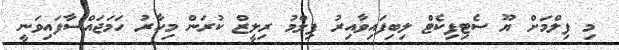
މި ފިލްމަށް ޔޫ ސެޓިފިކެޓް ލިބިފައިވާއިރު ފިލްމު ރިލީޒް ކުރަން މިހާރު ހަމަޖައްސާފައިވަނީ